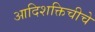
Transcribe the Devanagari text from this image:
आदिशक्तिचीचे